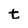
Character: t